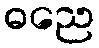
ဓညေ